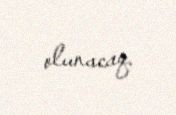
olunacaq.